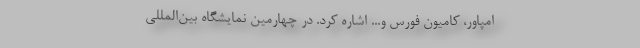
امپاور، کامیون فورس و... اشاره کرد. در چهارمین نمایشگاه بین‌المللی